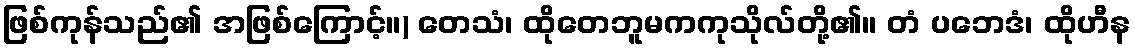
ဖြစ်ကုန်သည်၏ အဖြစ်ကြောင့်။) တေသံ၊ ထိုတေဘူမကကုသိုလ်တို့၏။ တံ ပဘေဒံ၊ ထိုဟီန